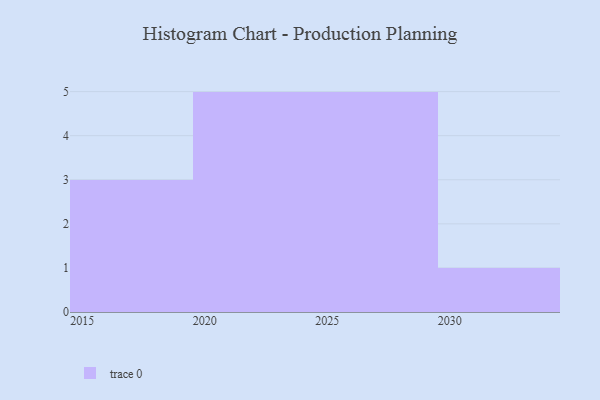
{"axis": {"x": "Year", "y": "Humidity (%)"}, "legend": [""], "data": [{"x": "2030", "y": 7, "type": ""}, {"x": "2017", "y": 75, "type": ""}, {"x": "2018", "y": 5, "type": ""}, {"x": "2027", "y": 7, "type": ""}, {"x": "2025", "y": 19, "type": ""}, {"x": "2021", "y": 6, "type": ""}, {"x": "2016", "y": 27, "type": ""}, {"x": "2029", "y": 62, "type": ""}, {"x": "2026", "y": 85, "type": ""}, {"x": "2020", "y": 64, "type": ""}, {"x": "2022", "y": 5, "type": ""}, {"x": "2024", "y": 85, "type": ""}, {"x": "2028", "y": 28, "type": ""}, {"x": "2023", "y": 21, "type": ""}]}